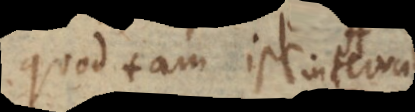
quod tam ipsi